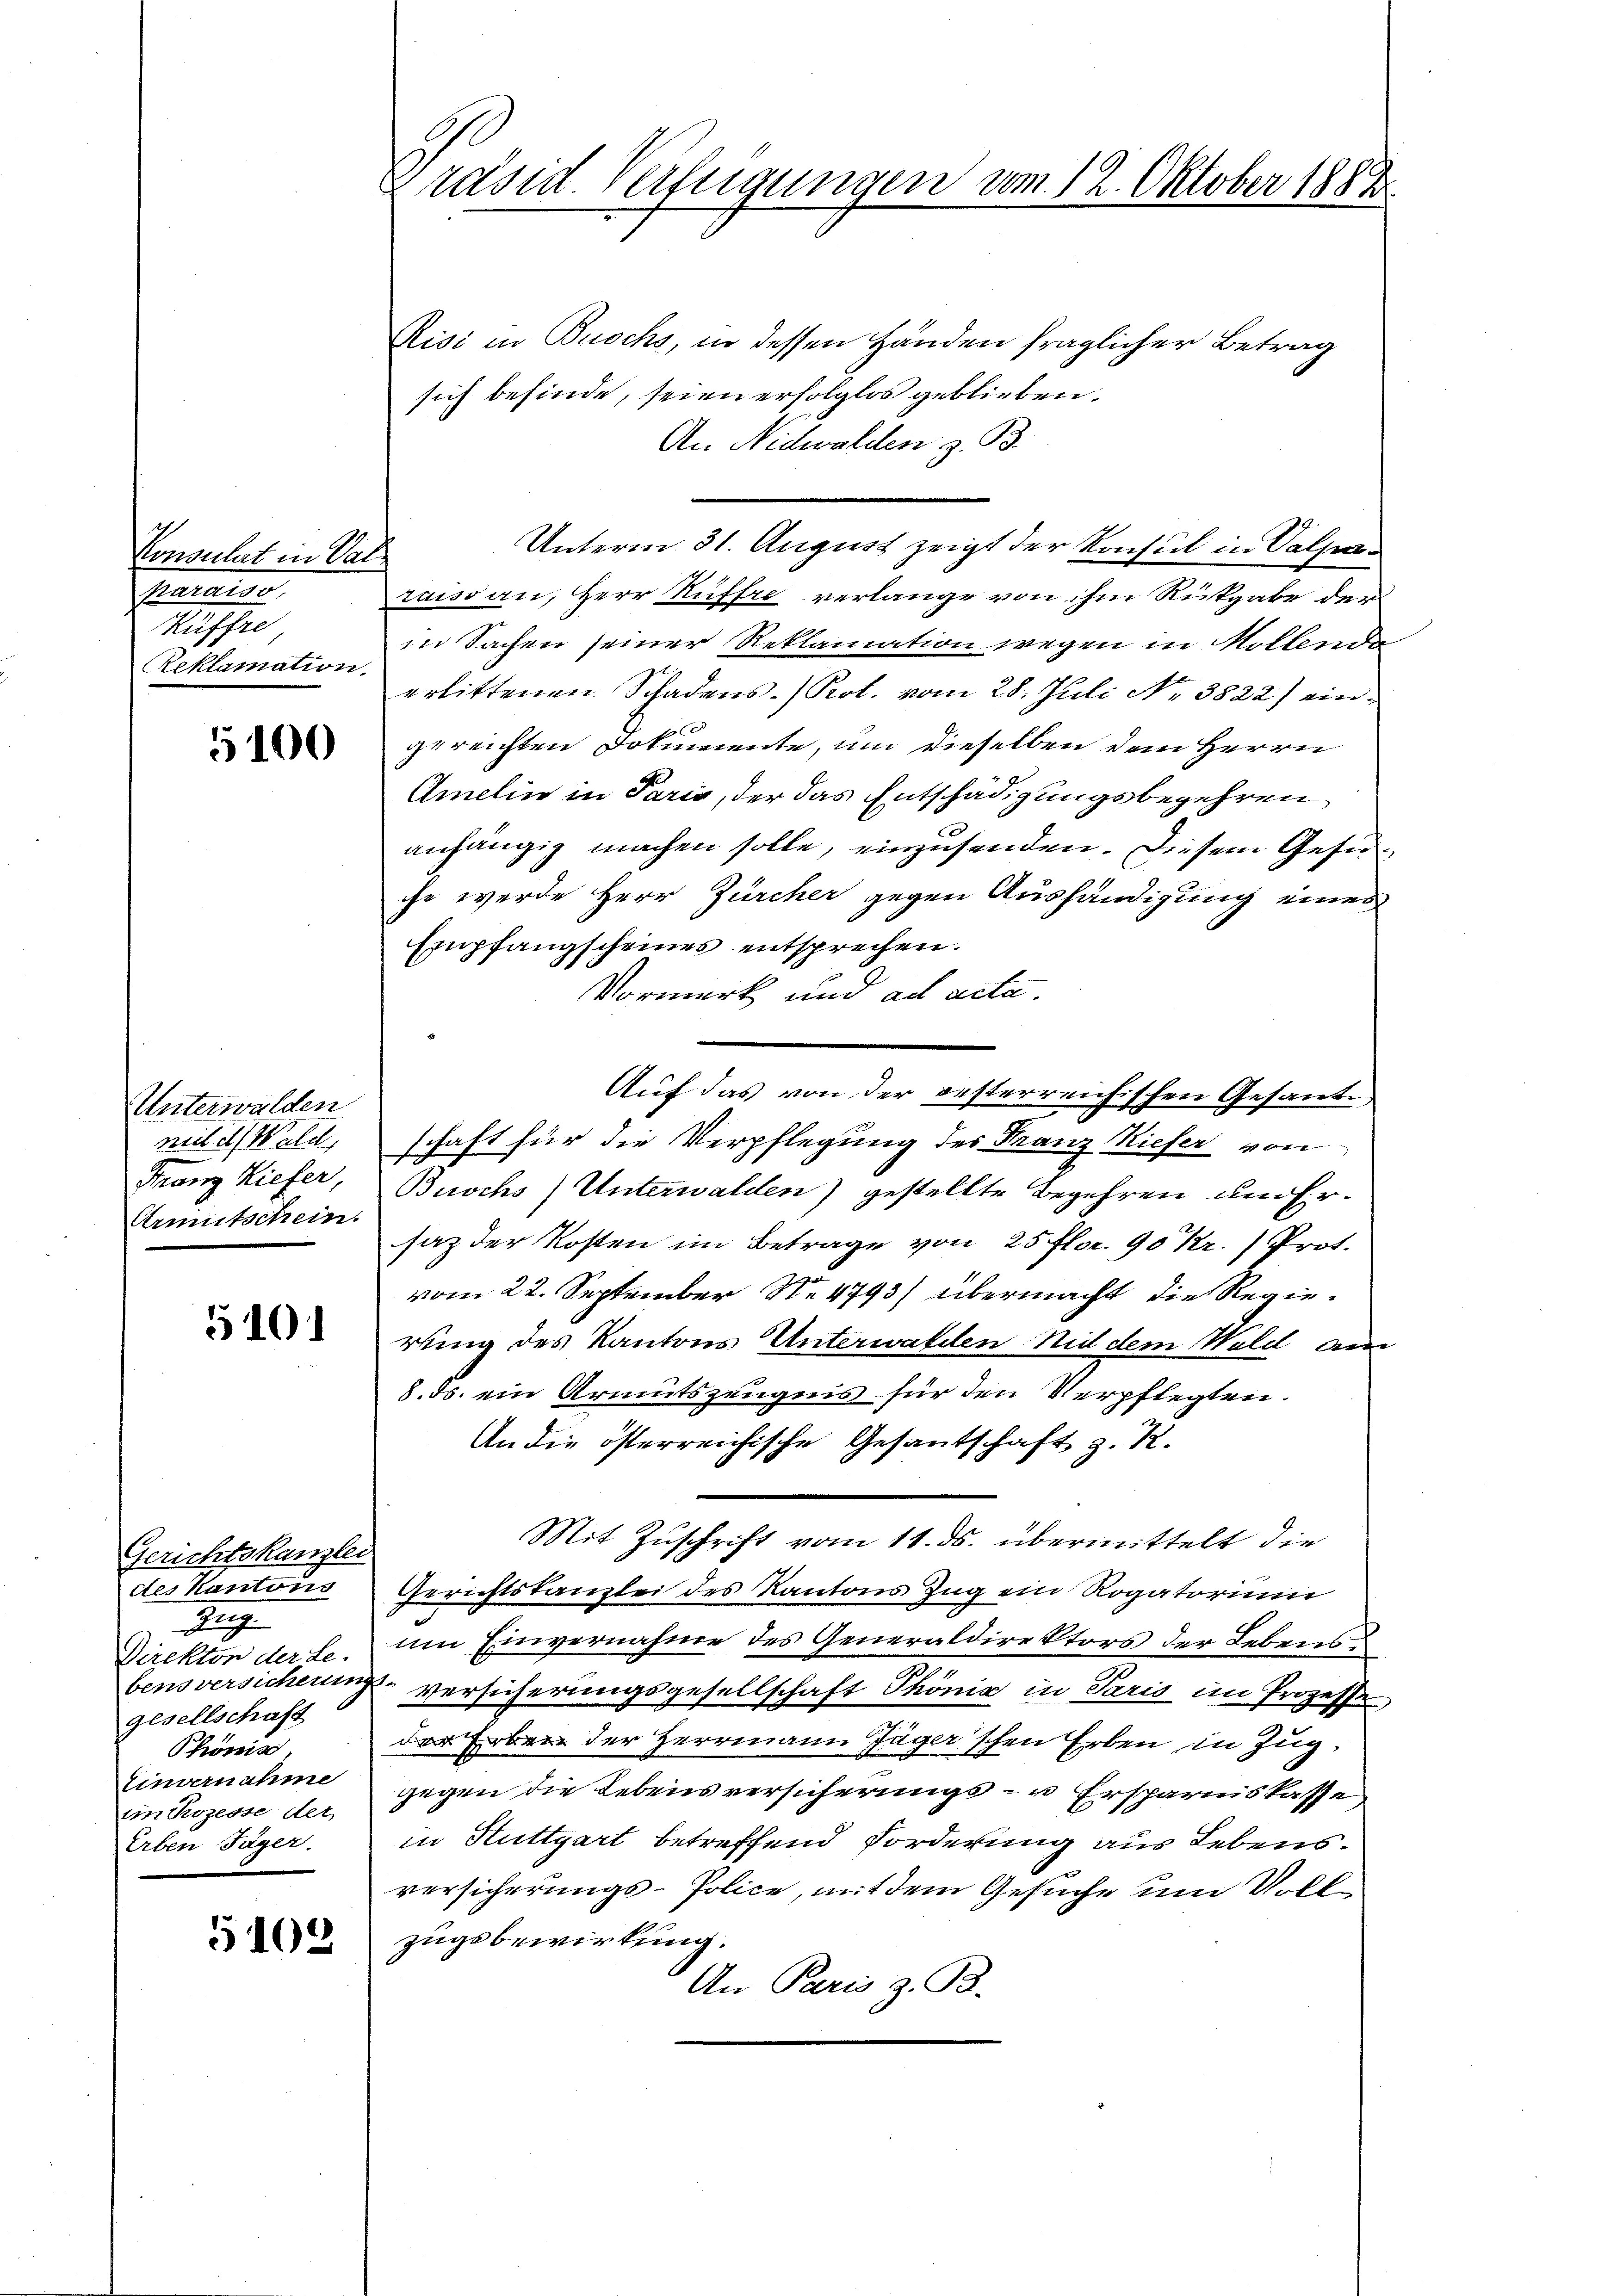
Consulat in Val
Karaiso,
Küffre,
Reklamation.

5100

Unterwalden
mit et Wald,
Franz Kiefer,
Armutschein.

5101

Gerichtskanzlei
des Kantons
Zug
Direktor der Le-
bens versicher
gesellschaft
Phönis
Einvernahme
Ein Kozesse det
Erben Jäger

5108

Präsid. Verfügungen vom 12. Oktober 1888

Risi in Buochs, in dessen Händen fraglicher Betrag
sich befinde, seien erfolglos geblieben.
An Nidwalden z. B.
Unterm 31. August zeigt der Konsul in Salparuissan, Herr Ruffre verlange von ihm Rückgabe der
in Sachen seiner Reklamation wegen in Mollende
erlittenen Schadens-Pot. vom 28. Juli Nr. 3822) eingereichten Dokumente, um dieselben dem Herrn
Amelin in Paris, der das Entschädigungsbegehren,
anhängig machen solle, einzusenden. Diesem Geferche werde Herr Zürcher gegen Aushändigung eines
Empfangscheines entsprechen.
Vormerk und ad acta.
Auf das von der gesterreichischen Gesandschaft für die Verpflegung des Franz Kiefer von
t
Buochs) Unterwalden) gestellte Begehren um Ersaz der Kosten im Betrage von 25 flor. 90 Kr. Prot.
vom 22. September No 4793/ übermacht die Regierung des Kantons Unterwalden Nid dem Wald am
8. ds. ein Armutszeugnis für den Verpflegten.
An die österreichische Gesantschaft z. R.
Mit Zuschrift vom 11. ds. übermittelt die
Gerichtskanzlei des Kantons Ing ein Rogatoriu
um Einvernahme des Generaldirektors der Lebensf
Versicherungsgesellschaft Phönig in Paris im Prozessr
der Erben der Herrmann Jäger'schen Erben in Zug,
gegen die Lebensversicherungs- u Ersparnis kasse
in Stuttgart betreffend Forderung aus Lebens.
versicherungs-Police, mit dem Gesuche um Vollzugsbewirkung.
An Paris z. B.